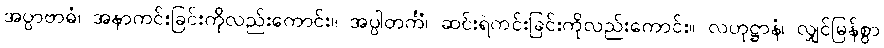
အပ္ပာဗာဓံ၊ အနာကင်းခြင်းကိုလည်းကောင်း။ အပ္ပါတင်္ကံ၊ ဆင်းရဲကင်းခြင်းကိုလည်းကောင်း။ လဟုဋ္ဌာနံ၊ လျှင်မြန်စွာ